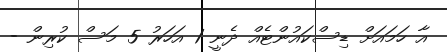
އާ ހަމައަށް ޑިސްކައުންޓެއް ދެނީ 1 އަހަރު 5 މަސް ކުރިން -